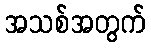
အသစ်အတွက်